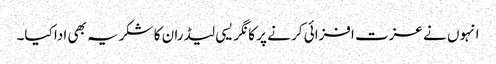
انہوں نے عزت افزائی کر نے پر کا نگر یسی لیڈران کا شکریہ بھی ادا کیا۔